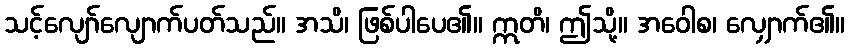
သင့်လျော်လျောက်ပတ်သည်။ အသိ၊ ဖြစ်ပါပေ၏။ ဣတိ၊ ဤသို့။ အဝေါစ၊ လျှောက်၏။